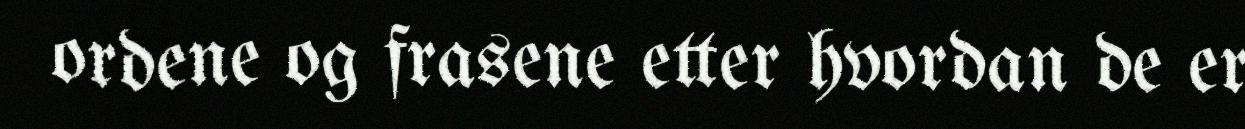
ordene og frasene etter hvordan de er